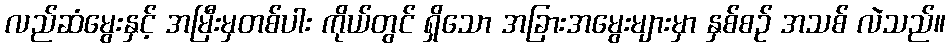
လည်ဆံမွေးနှင့် အမြီးမှတစ်ပါး ကိုယ်တွင် ရှိသော အခြားအမွေးများမှာ နှစ်စဉ် အသစ် လဲသည်။